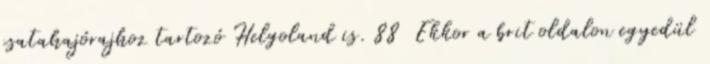
csatahajórajhoz tartozó Helgoland is. 88 Ekkor a brit oldalon egyedül